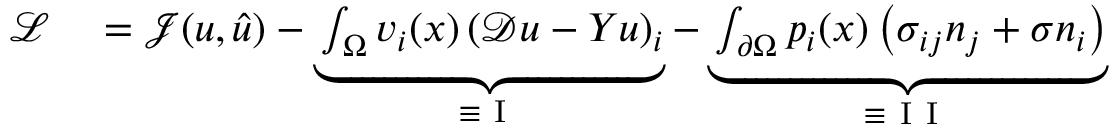
\begin{array} { r l } { \mathcal { L } } & { { } = \mathcal { J } ( u , \hat { u } ) - \underbrace { \int _ { \Omega } v _ { i } ( x ) \left( \mathcal { D } u - Y u \right) _ { i } } _ { \equiv \mathrm { ~ I ~ } } - \underbrace { \int _ { \partial \Omega } p _ { i } ( x ) \left( \sigma _ { i j } n _ { j } + \sigma n _ { i } \right) } _ { \equiv \mathrm { ~ I ~ I ~ } } } \end{array}